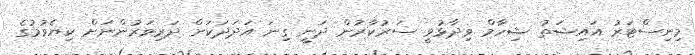
މިނިސްޓަރު އައިޝަތު ޝިހާމް ވިދާޅުވީ ސަރުކާރުން ދަނީ ގިނަ އަދަދަކަށް ދަރިވަރުންނަށް ކިޔެވުމުގެ